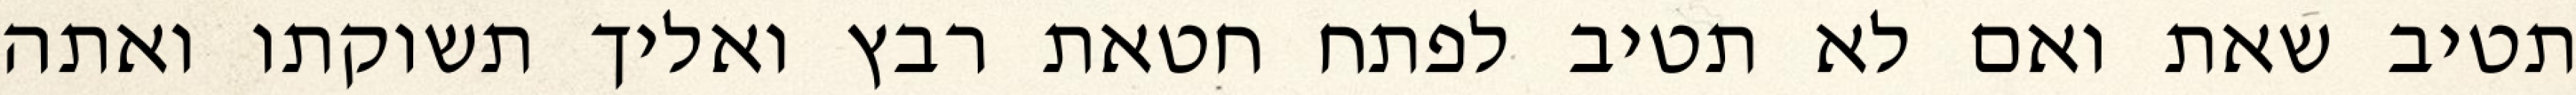
תטיב שאת ואם לא תטיב לפתח חטאת רבץ ואליך תשוקתו ואתה